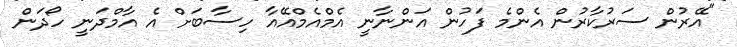
"އޭރުން ސަރުކާރުން އެންމެ ފަހުން އަންނާނީ އެމްްއެމްއޭއާ ހިސާބަށް އެ އާމްދަނީ ހޯދަން